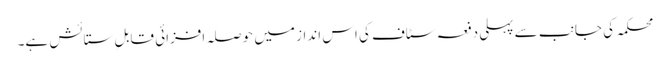
محکمہ کی جانب سے پہلی دفعہ سٹاف کی اس انداز میں حوصلہ افزائی قابلِ ستائش ہے۔